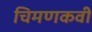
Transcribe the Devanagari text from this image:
चिमणकवी